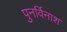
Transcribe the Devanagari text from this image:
पुनर्विनाश